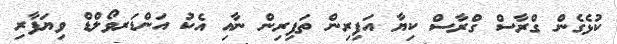
ކުޅެގެން ގްރާސް ގްރާސް ކިޔާ އަފިރިން ތަފިރިން ނާއި އެކު އަންޑަރވޯލްޑް ވިޔަފާރި